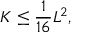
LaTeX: K \leq { \frac { 1 } { 1 6 } } L ^ { 2 } ,